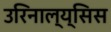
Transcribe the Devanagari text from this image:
उरिनाल्य्सिस